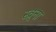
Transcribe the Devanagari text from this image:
स्व्र्ना